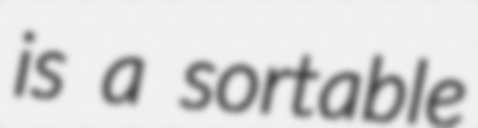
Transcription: is a sortable